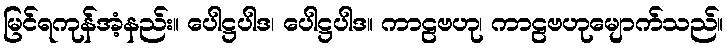
မြင်ရကုန်အံ့နည်း။ ပေါဋ္ဌပါဒ၊ ပေါဋ္ဌပါဒ။ ကာဠဗဟု၊ ကာဠဗဟုမျောက်သည်။